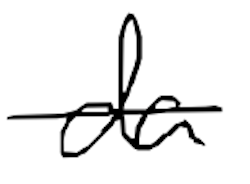
Text: da
Cross-out: single-line
Writing tool: digital_black